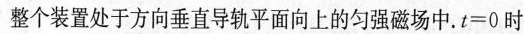
整个装置处于方向垂直导轨平面向上的匀强磁场中。$$ t = 0 $$时